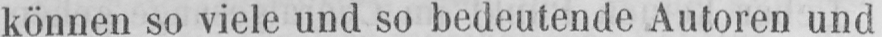
können so viele und so bedeutende Autoren und